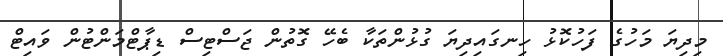
މިދިޔަ މަހުގެ ފަހުކޮޅު ހިނގައިދިޔަ ގުޅުންތަކާ ބެހޭ ގޮތުން ޖަސްޓިސް ޑިޕާޓްމަންޓުން ވައިޓް